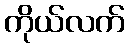
ကိုယ်လက်